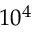
1 0 ^ { 4 }